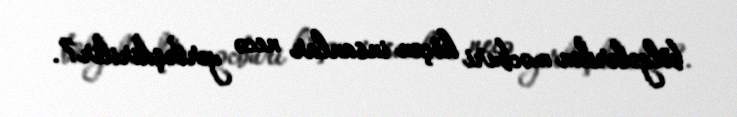
bölgələrdən məcburi köçən insanlar necə yerləşdirilir?.